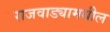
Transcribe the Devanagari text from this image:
राजवाड्यामधील